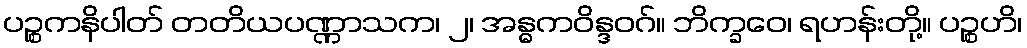
ပဉ္စကနိပါတ် တတိယပဏ္ဏာသက၊ ၂၊ အန္ဓကဝိန္ဒဝဂ်။ ဘိက္ခဝေ၊ ရဟန်းတို့။ ပဉ္စဟိ၊